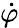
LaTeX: \dot{\varphi}